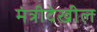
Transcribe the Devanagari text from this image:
मंत्रीदेखील